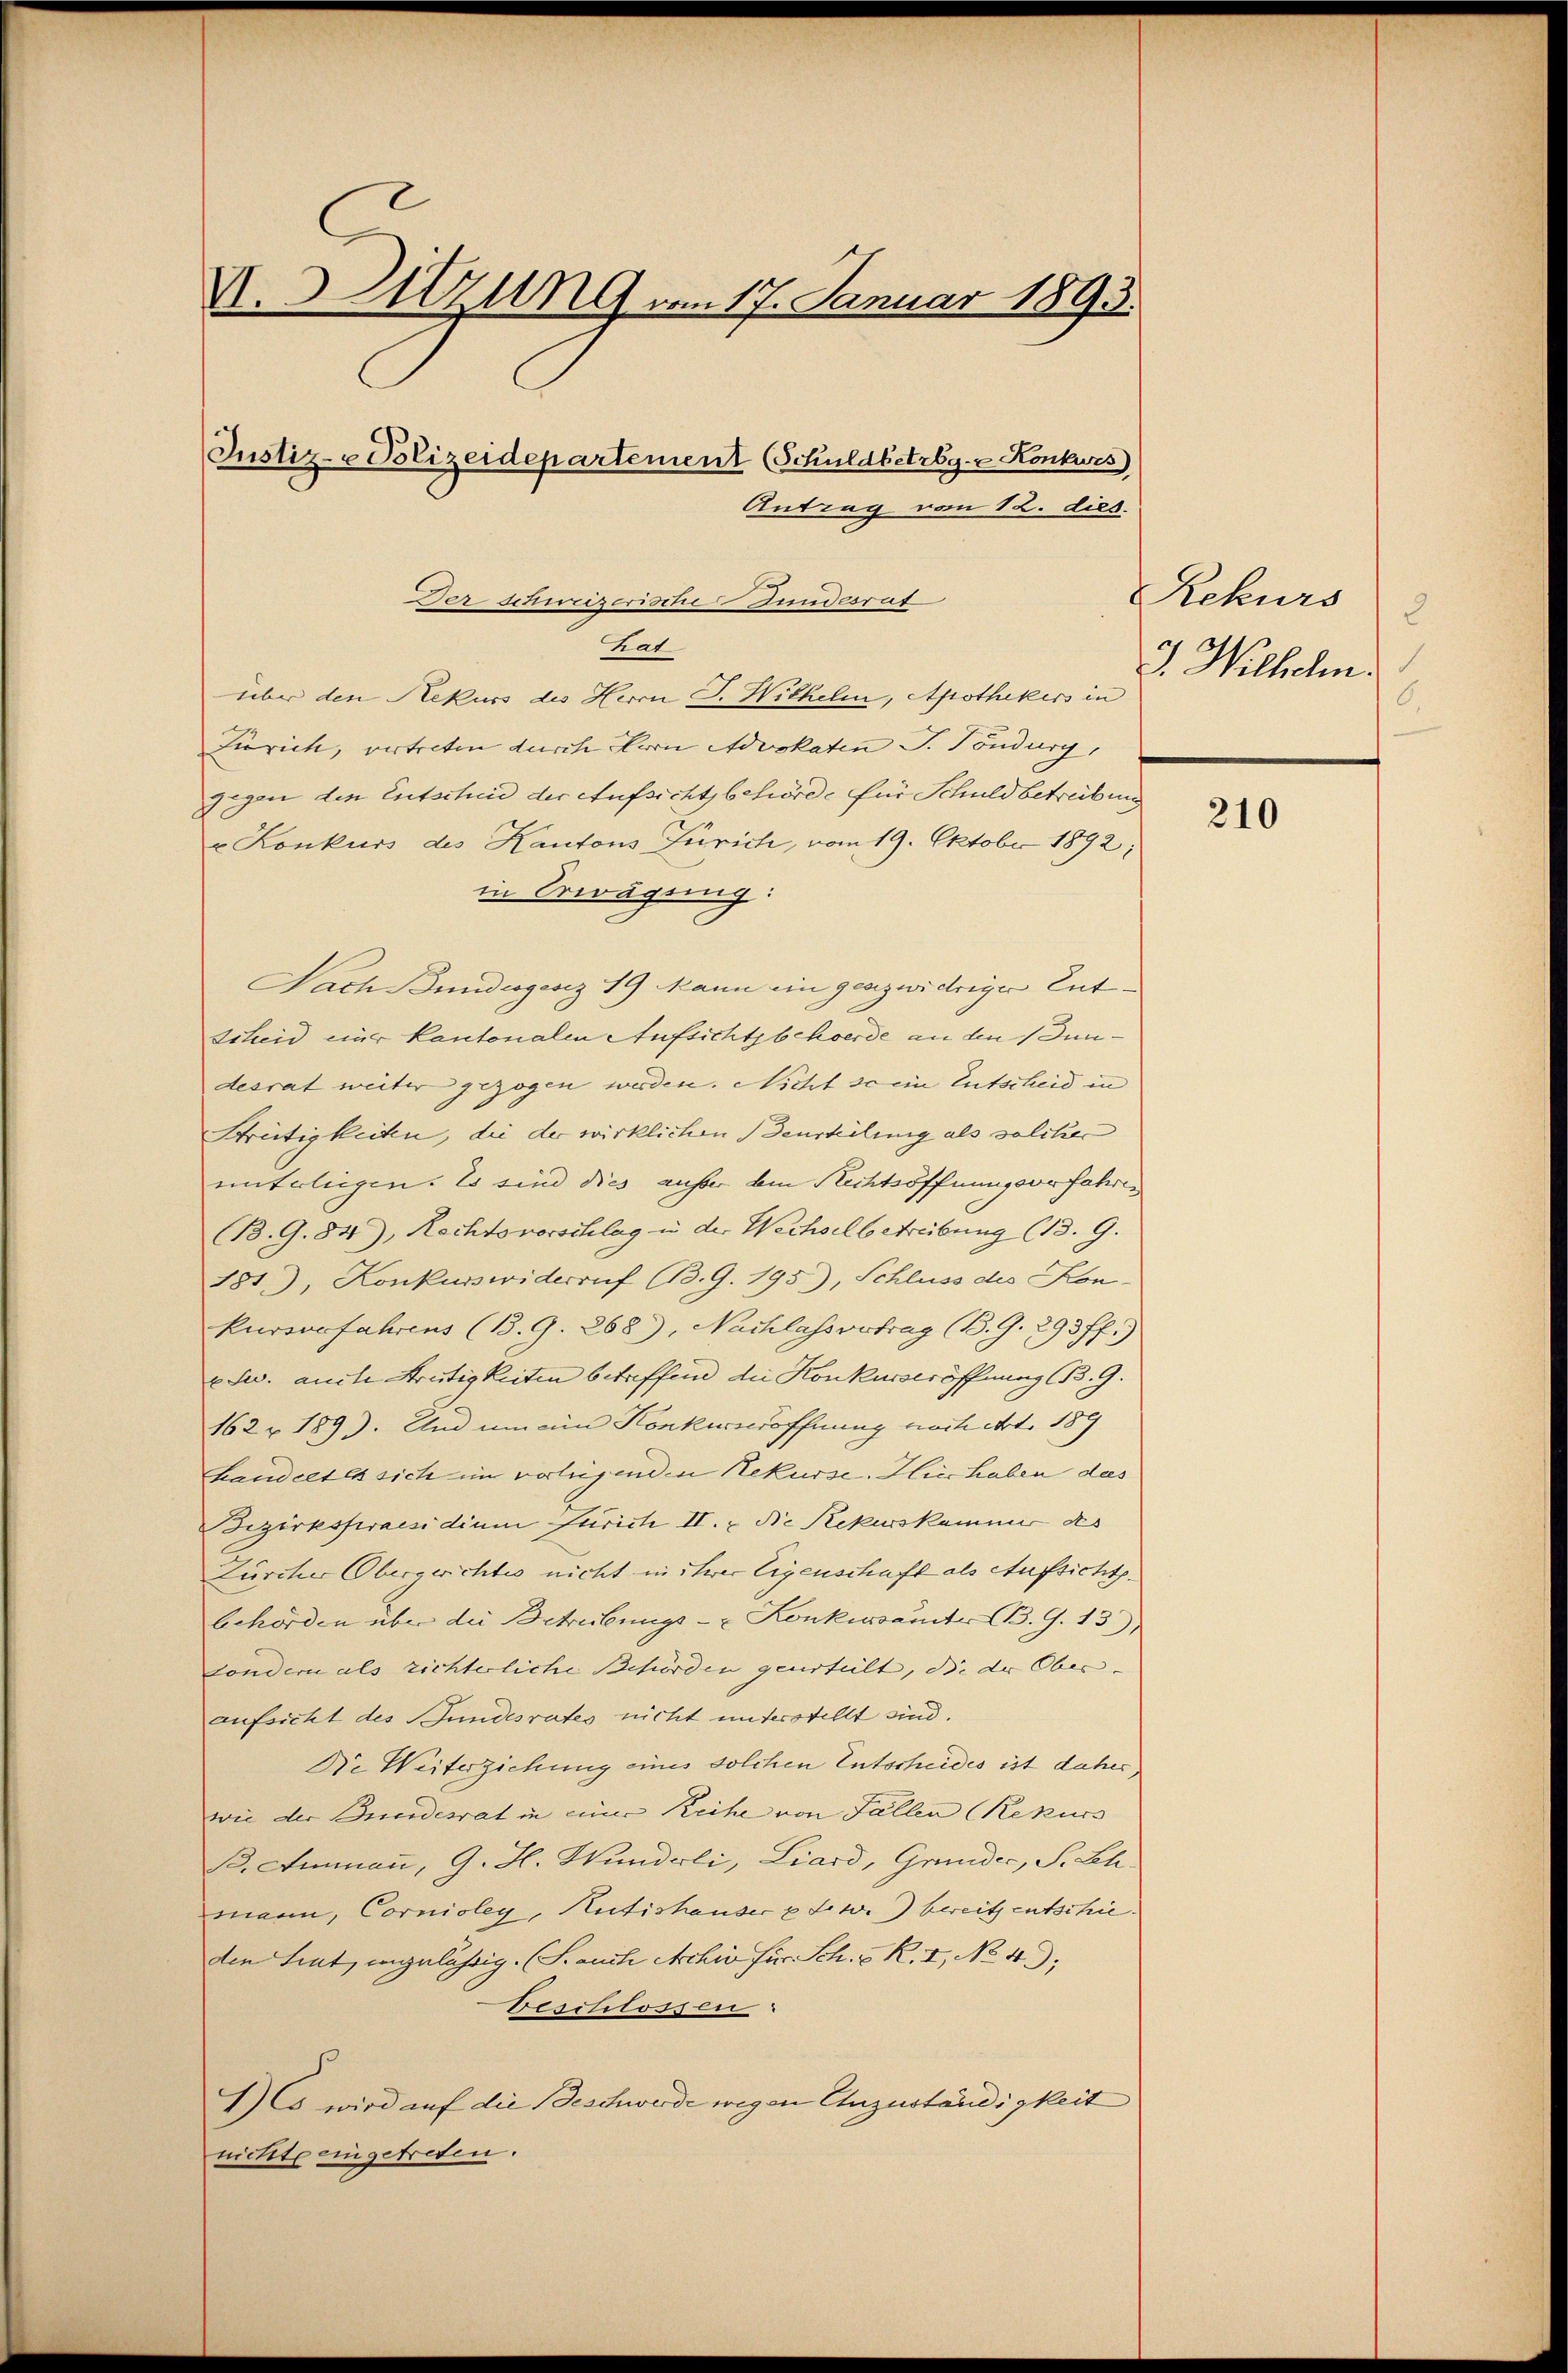
V. Hitzung vom 17. Januar 1893.
Justiz- Polizeidepartement (Schuldbetrbg. Konkurs
Antrag vom 12. dies.

trat
über den Rekurs des Herrn J. Wilhelm, Apothekers in
Tirich, vertreten durch Kron Advokaten J. Töndurg,
gegen den Entschend der Aufsichtsbehörde für Schuldbetreibung
r Konkurs des Kantons Zürich, vom 19. Oktober 1892;
in Erwägung:
Nach Bundesgesez 19 Mann ein geazwidriger Ent¬
Scheid einer Kantonalen Aufsichtsbehoerde an den undesrat weiter gezogen werden. Nicht seine Entscheid in
Streitigkeiten, die der wirklichen Beurteilung als solcher
unterliegen. Es sind dies anher den Rechtsöffnungsverfahren
B. G. 84), Rechtsvorschlag in der Wechsel betreibung (13. 9.
281), Konkurswiderruf BB.9. 195), Schluss des Kon-
kursgefahrens (13. G. 268), Nachlassvertrag (B. G. 293 ff.)
x Jw. auche Streitigkeiten betreffend die Konkurseröffnung (B. 9.
162 u 189). Und um ein Konkurseröffnung noch Art. 189
handelt es sich im vorliegenden Rekurse. Hier haben das
Bezirkspraesidium Jurich II. Die Rekurskammer des
Zürcher Obergerichtes nicht in ihrer Eigenschaft als Aufsichtsbehörden über die Betreibungs- & Konkurseiter B. G. 13)
sondern als richterliche Behörden geurteilt, die der Ober- |
aufsicht des Bundesrates nicht unterstellt sind.
Die Weiterziehung eines solchen Entscheides ist daher,
wie der Beendesrat in einer Reihe von Fällen (Rekurs
B. Ammann, G. H. Wunderli, Liard, Grunder, S. Leh-
mann, Cornioley, Nutishauser u Few.) bereits entschieden Tent, anzulässig. (S. auch Archiv für Sch. v. R. I, No 49);
beschlossen
I)Co wird auf die Beschwerde wegen Unzuständigkeit
nichte eingetreten.

Der schweiserische Hunderrut

Rekurs
2
J. Wilhelm.
6.

210